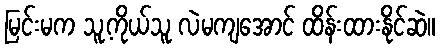
မြင်းမက သူ့ကိုယ်သူ လဲမကျအောင် ထိန်းထားနိုင်ဆဲ။